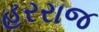
હરરાજ